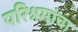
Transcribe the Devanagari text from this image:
परिश्रमांचा